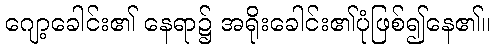
ဂျော့ခေါင်း၏ နေရာ၌ အရိုးခေါင်း၏ပုံဖြစ်၍နေ၏။